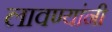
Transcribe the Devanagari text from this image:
लावण्यांनी